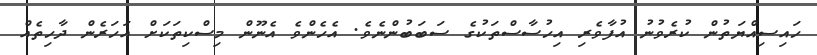
ހައިސިއްޔަތުން ކުރެވުނު އުފާވެރި އިހުސާސްތަކުގެ ސަބަބުންނެވެ. އެހެންވެ އެނޫން މިސްކިތަކަށް އަހަރެން ދާހިތެއް